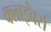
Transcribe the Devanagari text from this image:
क्लाइंबर्स